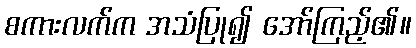
စကားလက်က အသံပြု၍ အော်ကြည့်၏။